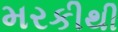
મરકીથી